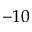
- 1 0